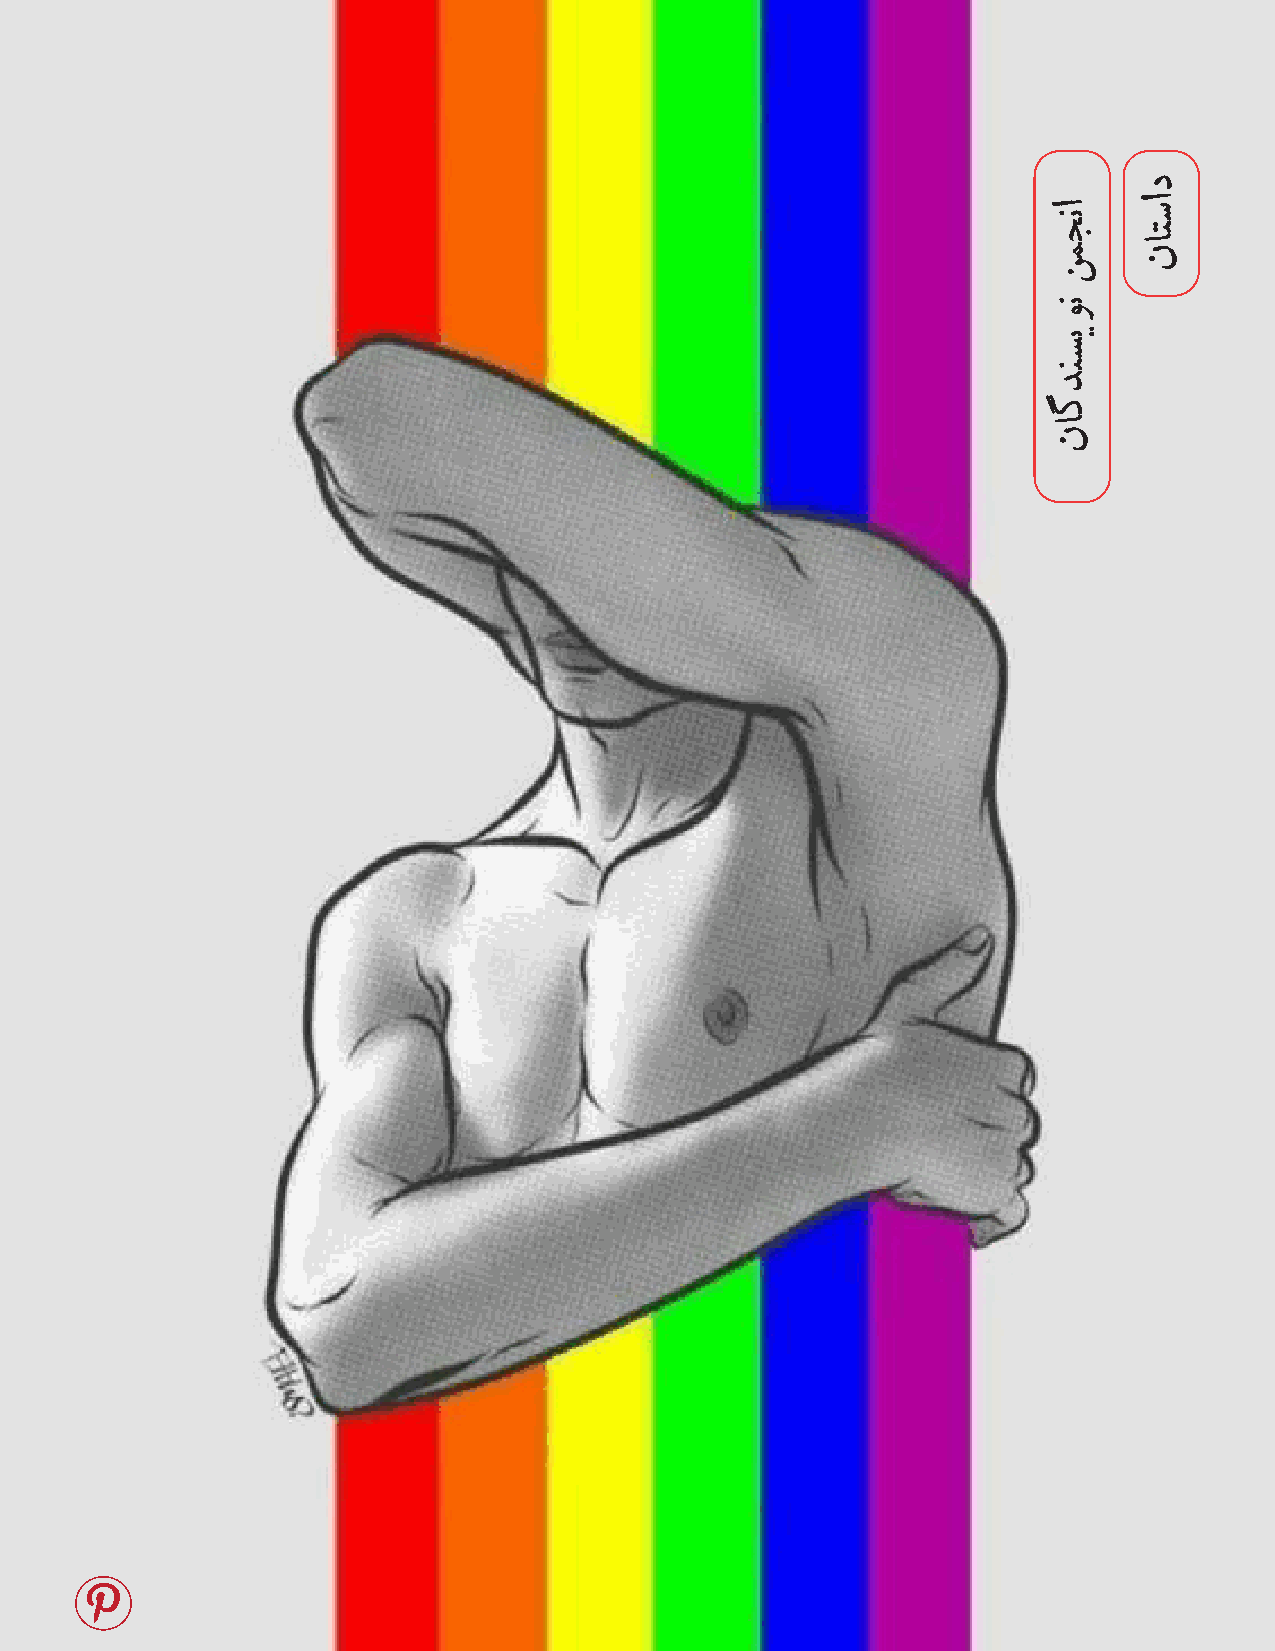
14                                                    ناگدنسیو ننمجنا
 انجمن
 نویسندگان
 داستان